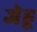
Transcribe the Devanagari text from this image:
जेहू